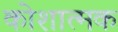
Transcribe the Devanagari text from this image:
कोशात्मक